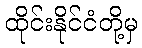
ထိုင်းနိုင်ငံတို့မှ